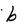
Character: b